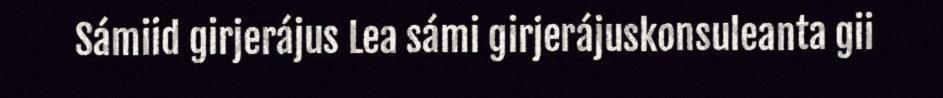
Sámiid girjerájus Lea sámi girjerájuskonsuleanta gii